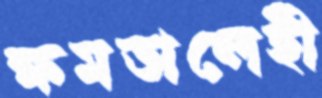
ক্ষমতালেহী